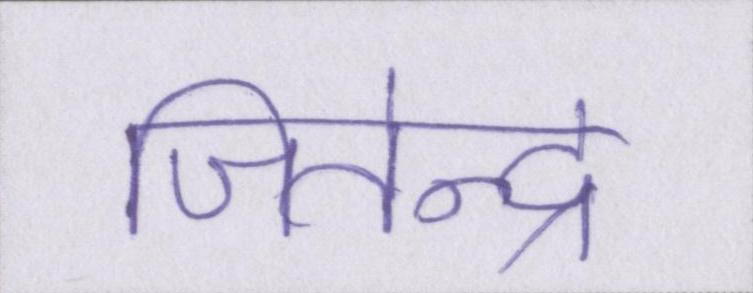
जितेन्द्र